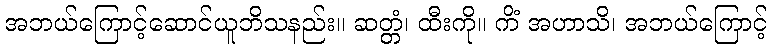
အဘယ်ကြောင့်ဆောင်ယူဘိသနည်း။ ဆတ္တံ၊ ထီးကို။ ကိံ အဟာသိ၊ အဘယ်ကြောင့်